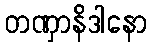
တဏှာနိဒါနော